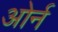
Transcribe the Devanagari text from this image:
ओर्न